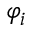
\varphi _ { i }